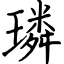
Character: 璘